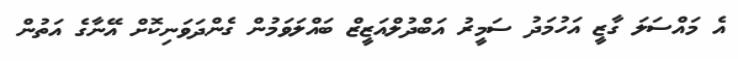
އެ މައްސަލަ ގާޒީ އަހުމަދު ސަމީރު އަބްދުލްއަޒީޒް ބައްލަވަމުން ގެންދަވަނިކޮށް އޭނާގެ އަތުން